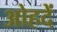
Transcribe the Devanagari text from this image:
ओहदें